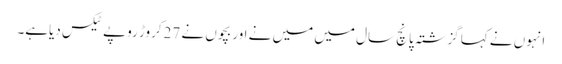
انہوں نے کہا گزشتہ پانچ سال میں میں نے اور بچوں نے 27کروڑ روپے ٹیکس دیاہے۔